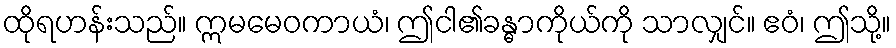
ထိုရဟန်းသည်။ ဣမမေဝကာယံ၊ ဤငါ၏ခန္ဓာကိုယ်ကို သာလျှင်။ ဧဝံ၊ ဤသို့။